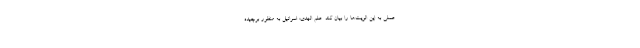
عملی به این الویت‌ها را بیان کند. علم الهدی: اسرائیل به منظور برچیده